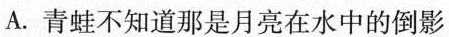
A.青蛙不知道那是月亮在水中的倒影